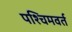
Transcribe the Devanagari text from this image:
पश्चिमवर्त